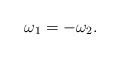
\begin{align*}\omega_1=-\omega_2.\end{align*}